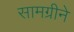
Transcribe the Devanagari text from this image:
सामग्रीने